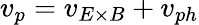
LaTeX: v_{p}=v_{E\times B}+v_{ph}